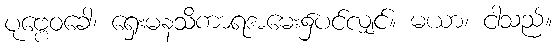
ပုဗ္ဗေဝခေါ၊ ရှေးမနသိကာရအမေး၌ပင်လျှင်။ မယာ၊ ငါသည်။